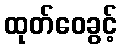
ထုတ်ဝေခွင့်